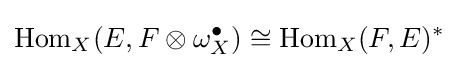
\operatorname {Hom} _{X}(E,F\otimes \omega _{X}^{\bullet })\cong \operatorname {Hom} _{X}(F,E)^{*}